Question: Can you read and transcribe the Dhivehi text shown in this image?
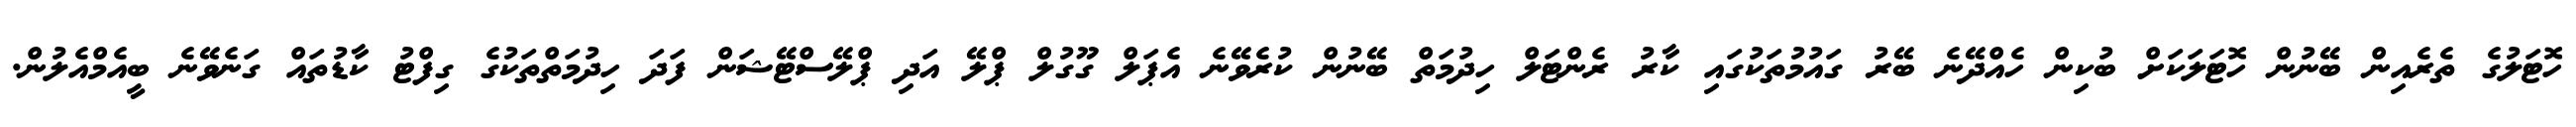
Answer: ހޮޓަލުގެ ތެރެއިން ބޭނުން ހޮޓަލަކަށް ބުކިން ހެއްދޭނެ ބޭރު ގައުމުތަކުގައި ކާރު ރެންޓަލް ހިދުމަތް ބޭނުން ކުރެވޭނެ އެޕަލް ގޫގުލް ޕްލޭ އަދި ޕްލޭސްޓޭޝަން ފަދަ ހިދުމަތްތަކުގެ ގިފްޓު ކާޑުތައް ގަނެވޭނެ ބީއެމްއެލުން.